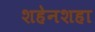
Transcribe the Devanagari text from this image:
शहेनशहा